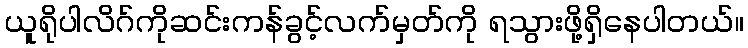
ယူရိုပါလိဂ်ကိုဆင်းကန်ခွင့်လက်မှတ်ကို ရသွားဖို့ရှိနေပါတယ်။